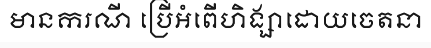
មានករណី ប្រើអំពើហិង្សាដោយចេតនា